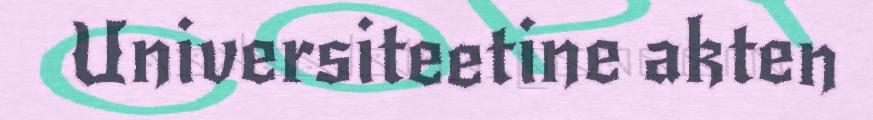
Universiteetine akten